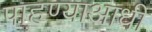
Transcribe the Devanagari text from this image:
पाहण्याआधी